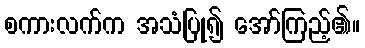
စကားလက်က အသံပြု၍ အော်ကြည့်၏။